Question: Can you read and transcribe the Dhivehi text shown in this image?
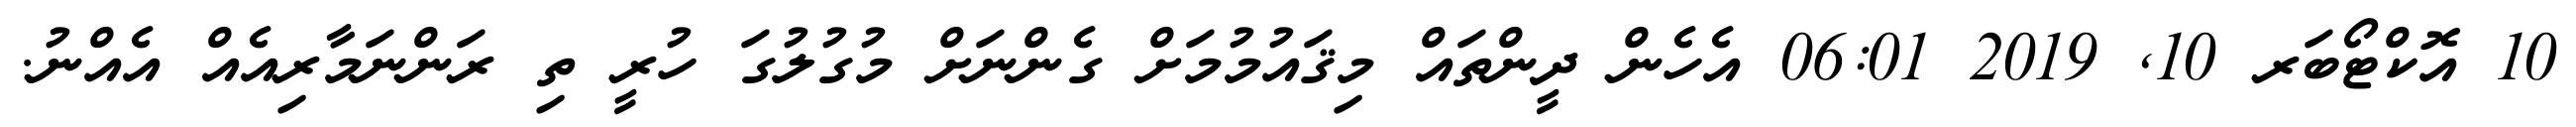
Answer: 10 އޮކްޓޯބަރ 10, 2019 06:01 އެހެން ދީންތައް މިޤައުމުމަށް ގެންނަށް މުގުލުގަ ހުރީ ތި ރަންނަމާރިއެއް އެއްނު.